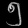
Digit: ၅